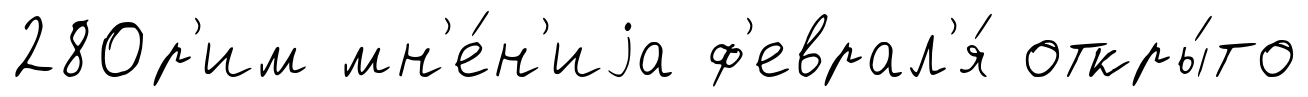
280р'им мн'е́н'иjа ф'еврал'я́ откры́то